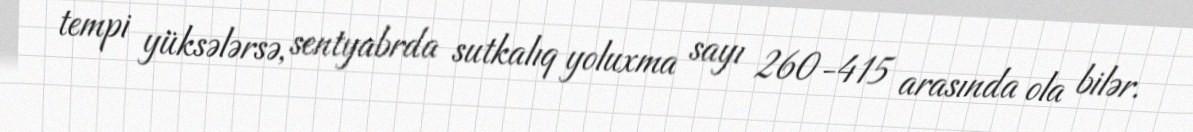
tempi yüksələrsə, sentyabrda sutkalıq yoluxma sayı 260-415 arasında ola bilər.